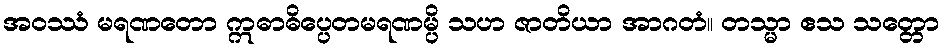
အဝဿံ မရဏတော ဣဓာဓိပ္ပေတမရဏမ္ပိ သဟ ဇာတိယာ အာဂတံ။ တသ္မာ ဧသ သတ္တော